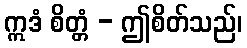
ဣဒံ စိတ္တံ - ဤစိတ်သည်၊